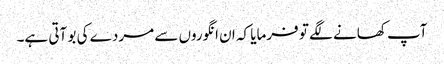
آپ کھانے لگے تو فرمایا کہ ان انگوروں سے مردے کی بو آتی ہے۔